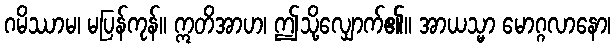
ဂမိဿာမ၊ မပြန်ကုန်။ ဣတိအာဟ၊ ဤသို့လျှောက်၏။ အာယသ္မာ မောဂ္ဂလာနော၊